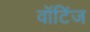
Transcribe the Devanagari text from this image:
वॉटिंज